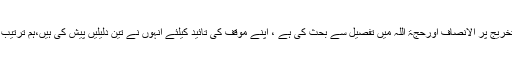
حضرت شاہ ولی اللہ نے اپنے نظریہ تخریج پر الانصاف اورحجۃ اللہ میں تفصیل سے بحث کی ہے ، اپنے موقف کی تائید کیلئے انہوں نے تین دلیلیں پیش کی ہیں،ہم ترتیب وار ان تینوں دلیلوں کا جائزہ لیتے ہیں۔